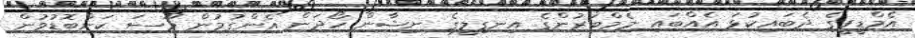
އެމްޑީޕީގެ ދެބައިކުޅަ އެއްބައި މެމްބަރުންގެ އިނގިލީގެ ނިޝާން ހޯދަން އެންގުމުން މޫސަ ކަންބޮޑުވުން